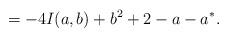
LaTeX: \begin{align*}=-4I(a,b)+b^2+2-a-a^*.\end{align*}